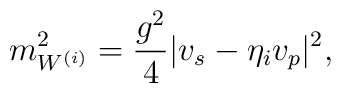
m^{2}_{W^{(i)}} = \frac{g^{2}}{4} |v_{s} - \eta_{i} v_{p} |^{2},